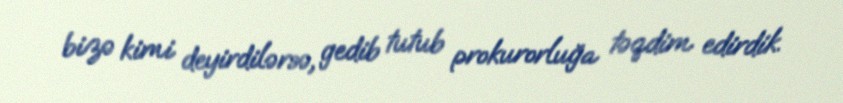
bizə kimi deyirdilərsə, gedib tutub prokurorluğa təqdim edirdik.